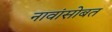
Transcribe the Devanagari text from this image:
नावांसोबत